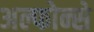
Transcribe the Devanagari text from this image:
अल्फोन्से